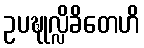
ဥပဍ္ဎုလ္လိခိတေဟိ